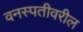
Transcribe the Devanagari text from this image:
वनस्पतीवरील